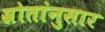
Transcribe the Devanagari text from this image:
स्रोतांनुसार